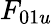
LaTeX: F_{01u}